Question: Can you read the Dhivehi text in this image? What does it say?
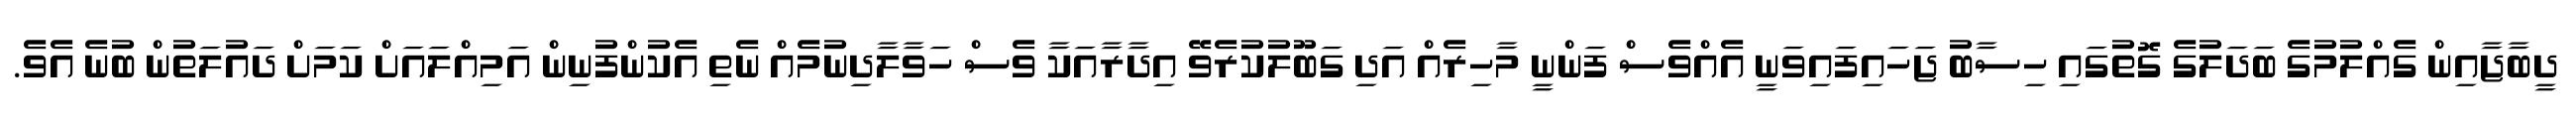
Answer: ދީބާޖާއިން ގެއްލުމުގެ ބަދަލުގެ ގޮތުގައި ހިސާބު ޖަހައިފައިވަނީ އެއްވެސް ފަންނީ މާހިރެއް އަދި ގަބޫލުކުރެވޭ އިދާރާއަކާ ވެސް ހަވާލާދިނުމެއް ނެތި އެކުންފުނިން އަމިއްލައަށް ކަމަށް ދައުލަތުން ބުނެ އެވެ.